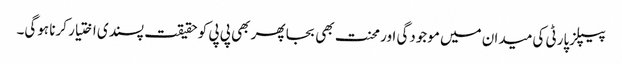
پیپلزپارٹی کی میدان میں موجودگی اور محنت بھی بجا پھر بھی پی پی کو حقیقت پسندی اختیار کرنا ہوگی۔